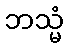
ဘသ္မံ